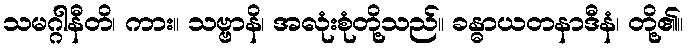
သမဂ္ဂါနီတိ၊ ကား။ သဗ္ဗာနိ၊ အလုံးစုံတို့သည်။ ခန္ဓာယတနာဒီနံ၊ တို့၏။